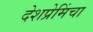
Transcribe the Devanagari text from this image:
देशप्रेमिंचा